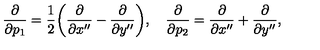
{ \frac { \partial } { \partial p _ { 1 } } } = { \frac { 1 } { 2 } } \biggl ( { \frac { \partial } { \partial x ^ { \prime \prime } } } - { \frac { \partial } { \partial y ^ { \prime \prime } } } \biggr ) , \quad { \frac { \partial } { \partial p _ { 2 } } } = { \frac { \partial } { \partial x ^ { \prime \prime } } } + { \frac { \partial } { \partial y ^ { \prime \prime } } } ,